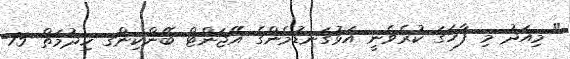
" މިއަދު މި ފާހަގަ ކުރެވެނީ އަޅުގަނޑުމެންގެ އޭޖަންޓް ބޭންކިންގ ޚިދުމަތް 75